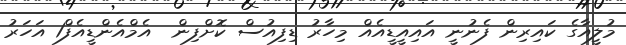
މުލީއާގެ ކައިރިން ފެނުނީ އައިއީޑީއެއް މިހާރު ޑިފިއުސް ކޮށްފިން  އެމްއެންޑީއެފް1 އަހަރު